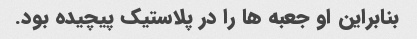
بنابراین او جعبه ها را در پلاستیک پیچیده بود.